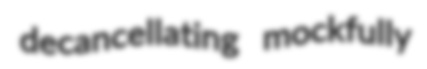
decancellating mockfully